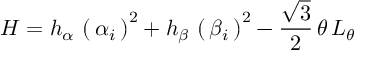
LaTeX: H = h _ { \alpha } \, \left( \, \alpha _ { i } \, \right) ^ { 2 } + h _ { \beta } \, \left( \, \beta _ { i } \, \right) ^ { 2 } - \frac { \sqrt 3 } { 2 } \, \theta \, L _ { \theta }